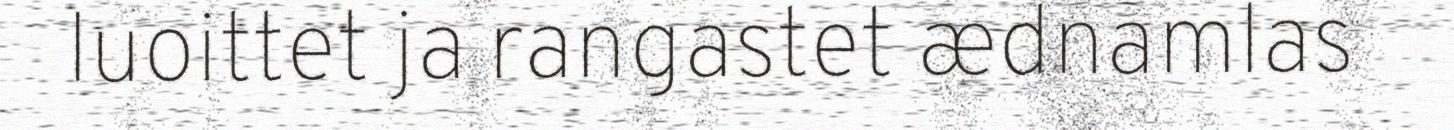
luoittet ja rangastet ædnamlas